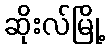
ဆိုးလ်မြို့